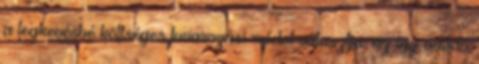
a legkevésbé költséges fuvarozási módot választja, az így adódó